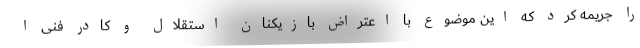
را جریمه کرد که این موضوع با اعتراض بازیکنان استقلال و کادر فنی ا